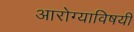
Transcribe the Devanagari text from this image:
आरोग्याविषयी